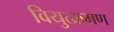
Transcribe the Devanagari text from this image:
वियुत्क्रमण